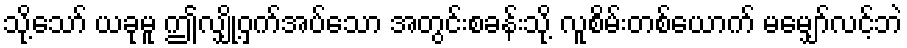
သို့သော် ယခုမူ ဤလျှို့ဝှက်အပ်သော အတွင်းစခန်းသို့ လူစိမ်းတစ်ယောက် မမျှော်လင့်ဘဲ